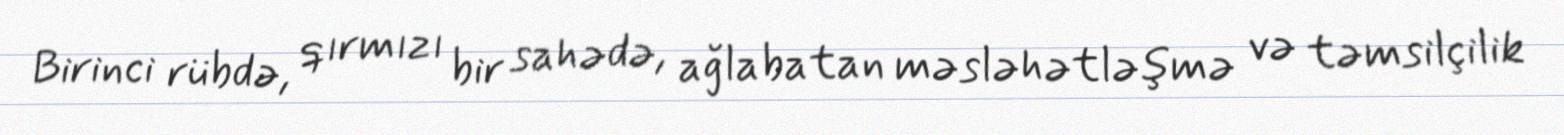
Birinci rübdə, qırmızı bir sahədə, ağlabatan məsləhətləşmə və təmsilçilik